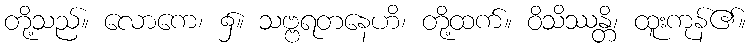
တို့သည်။ လောကေ၊ ၌။ သဗ္ဗရတနေဟိ၊ တို့ထက်။ ဝိသိဿန္တိ၊ ထူးကုန်၏။